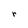
Character: r